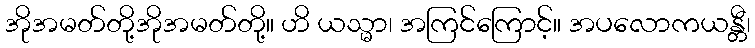
အိုအမတ်တို့အိုအမတ်တို့။ ဟိ ယသ္မာ၊ အကြင်ကြောင့်။ အပလောကယန္တီ၊